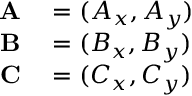
\begin{array} { r l } { \mathbf { A } } & { { } = ( A _ { x } , A _ { y } ) } \\ { \mathbf { B } } & { { } = ( B _ { x } , B _ { y } ) } \\ { \mathbf { C } } & { { } = ( C _ { x } , C _ { y } ) } \end{array}